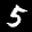
Label: 5